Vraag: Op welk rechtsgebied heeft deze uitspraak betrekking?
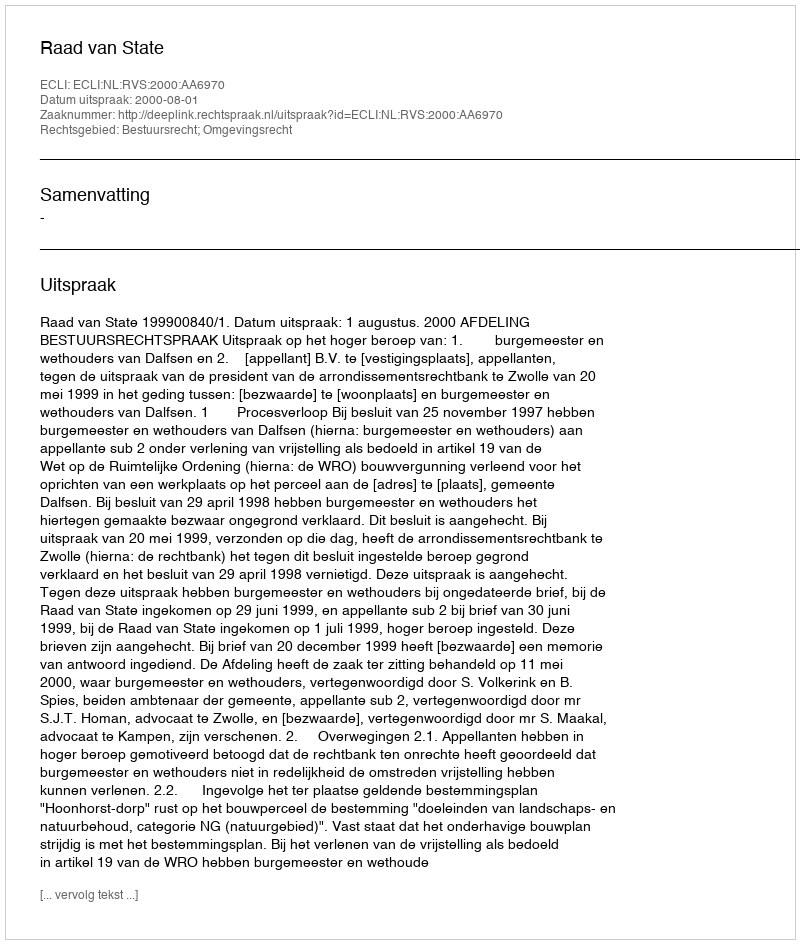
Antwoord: Bestuursrecht; Omgevingsrecht